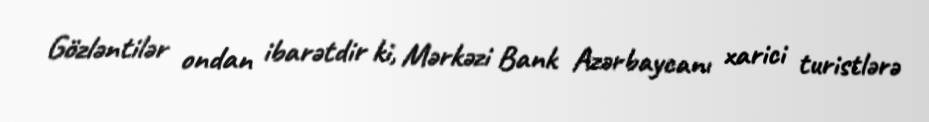
Gözləntilər ondan ibarətdir ki, Mərkəzi Bank Azərbaycanı xarici turistlərə